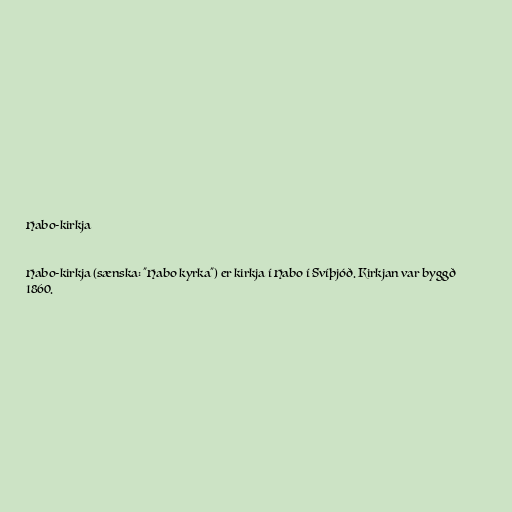
Habo-kirkja

Habo-kirkja (sænska: "Habo kyrka") er kirkja í Habo í Svíþjóð. Kirkjan var byggð
1860.